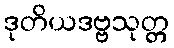
ဒုတိယဒဗ္ဗသုတ္တ